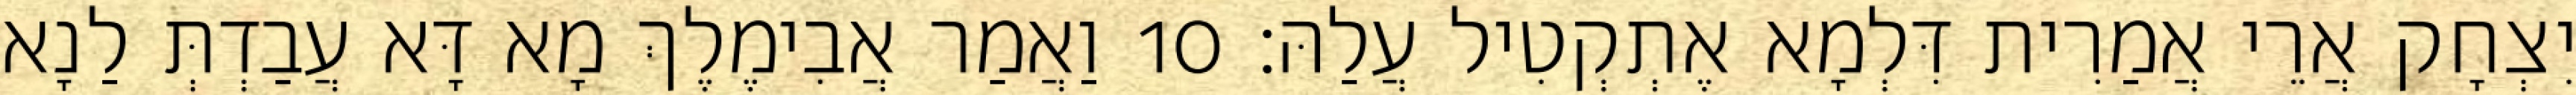
יִצְחָק אֲרֵי אֲמַרִית דִּלְמָא אֶתְקְטִיל עֲלַהּ׃ 10 וַאֲמַר אֲבִימֶלֶךְ מָא דָּא עֲבַדְתְּ לַנָא